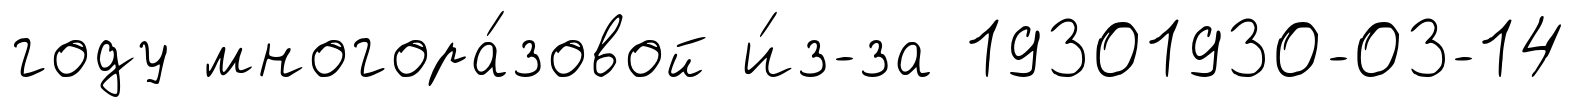
году многора́зовой и́з-за 19301930-03-14